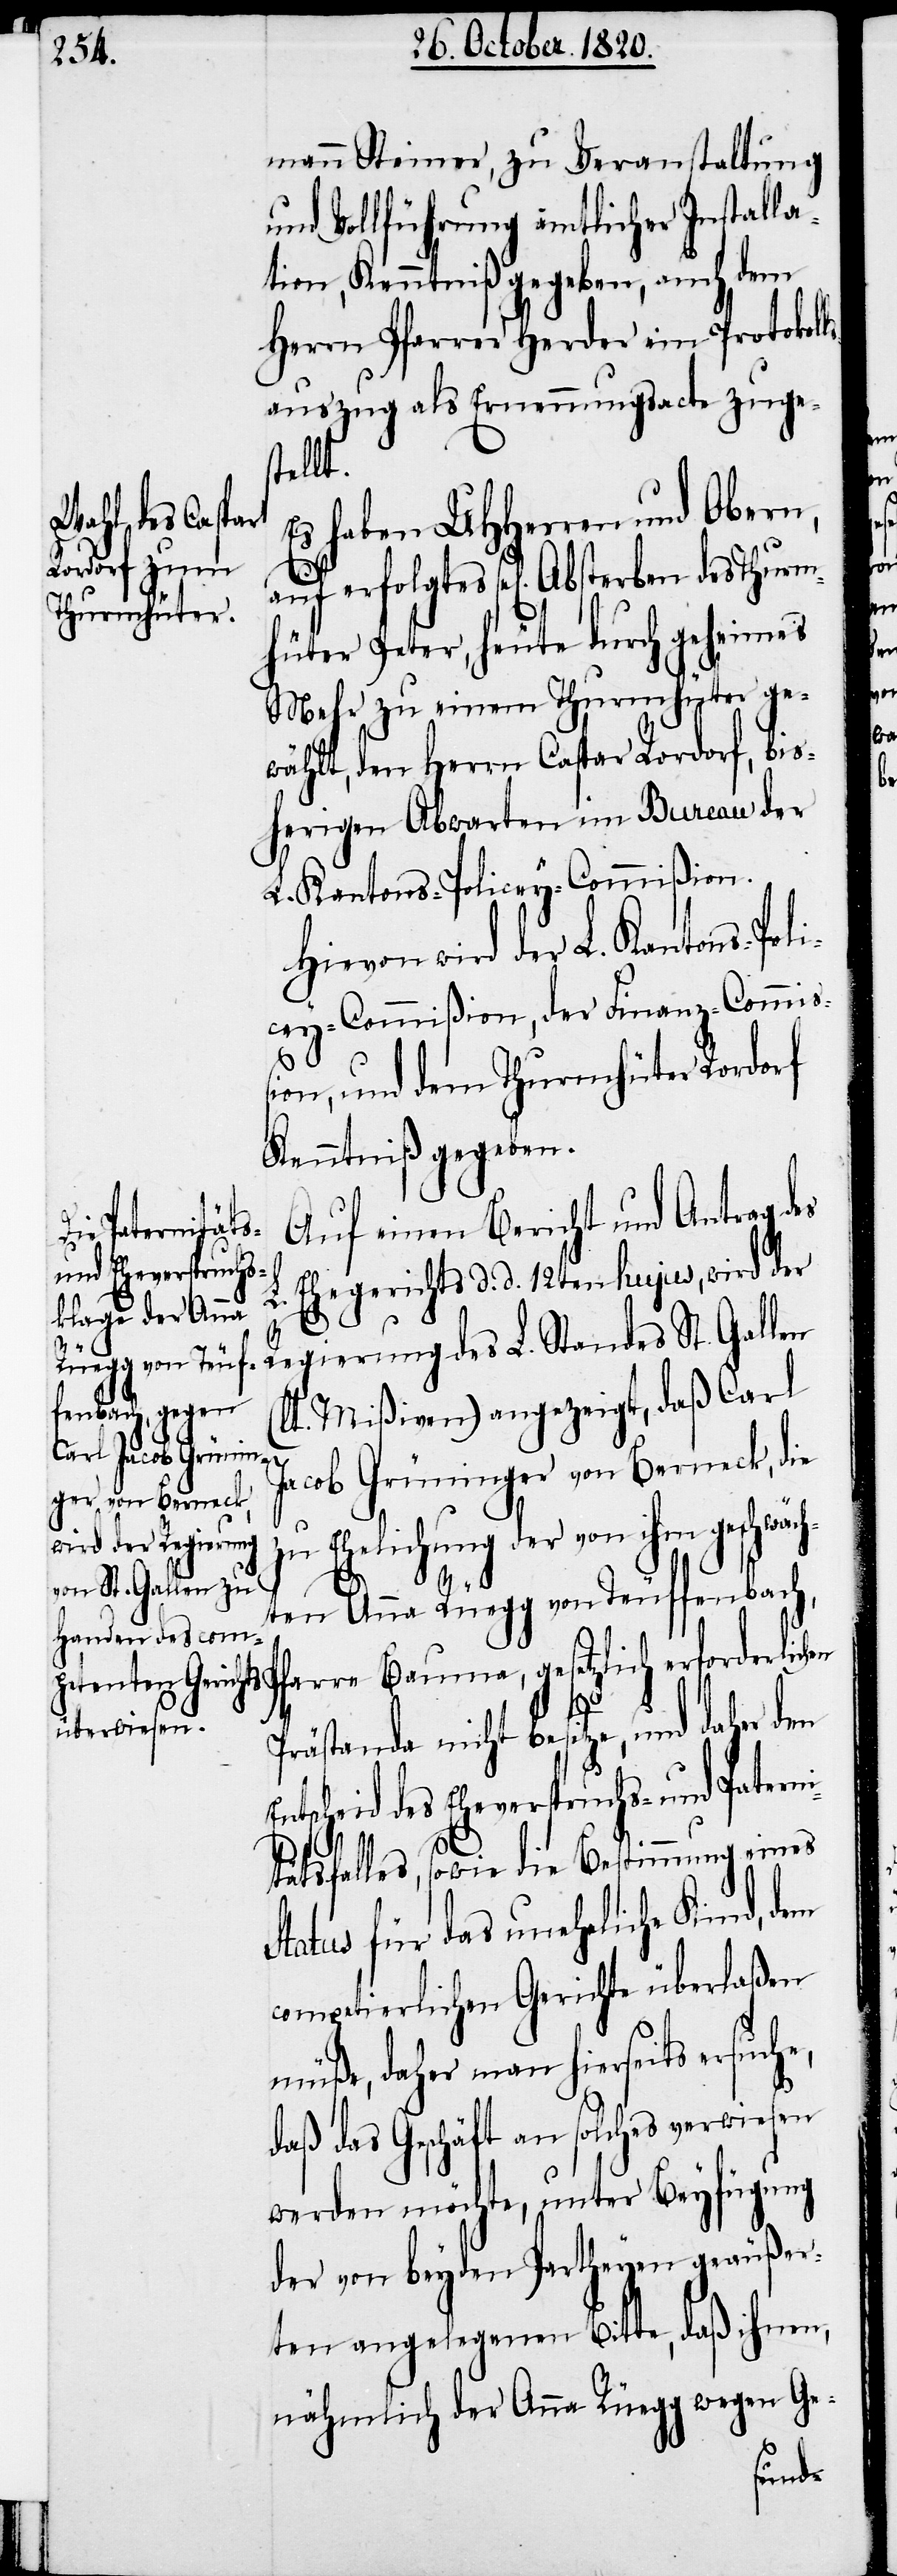
mann Steiner, zu Veranstaltung
und Vollführung ämtlicher Installa¬
tion, Kenntniß gegeben, auch dem
Herrn Pfarrer Herder ein Protokol¬
auszug als Erneuerungsacte zuge¬
stellt.
s haben UHHerren und Obern,
hüter Peter, heute durch geheimes
Mehr zu einem Thurmhüter ge¬
wählt, den Herrn Caspar Rordorf, bis¬
herigen Abwarten im Bureau der
L. Kantons-Policey-Commißion.
egierung des L. Standes
icey-Commißion, der Finanz-Commiß¬
ion, und dem Thurmhüter Rordorf
Kenntniß gegeben.
Auf einen Bericht und Antrag des
Ehegerichts d. d. 12ten hujus, wird der
R¬
t. Mißiven) angezeigt, daß Carl
rben des Thurm¬
Jacob Grüninger von Berneck, die
zu Ehelichung der von ihm geschwäch¬
St.
(l¬
ten Anna Rüegg von Teuffenbach,
Pfarre Bauma, gesetzlich erforderlichen
Prästanda nicht besitze, und daher den
Entscheid des Eheverspruchs- und Paterni¬
tätsfalles, sowie die Bestimmung eines
Status für das uneheliche Kind, dem
competierlichen Gerichte überlaßen
müße, daher man hierseits ersuche,
daß das Geschäft an solches verwiesen
werden möchte, unter Beyfügung
der von beyden Partheyen geäußer¬
ten angelegenen Bitte, daß ihnen,
nähmlich der Anna Rüegg wegen Ge-